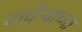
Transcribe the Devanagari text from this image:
वाघेऱ्याच्या